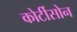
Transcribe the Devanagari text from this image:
कोर्टीसोन